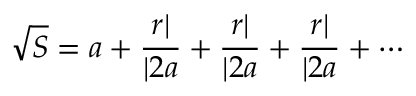
{ \sqrt { S } } = a + { \frac { r | } { | 2 a } } + { \frac { r | } { | 2 a } } + { \frac { r | } { | 2 a } } + \cdots